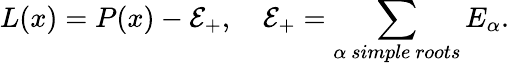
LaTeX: L(x)=P(x)-{\cal E}_{+},\quad{\cal E}_{+}=\sum_{\alpha\ simple\ roots}E_{\alpha}.